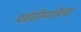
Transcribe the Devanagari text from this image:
पर्वतीमातेला